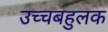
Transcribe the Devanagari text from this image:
उच्चबहुलक